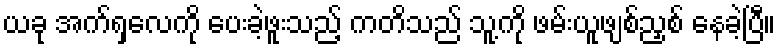
ယခု အက်ရှလေကို ပေးခဲ့ဖူးသည့် ကတိသည် သူ့ကို ဖမ်းယူဖျစ်ညှစ် နေခဲ့ပြီ။